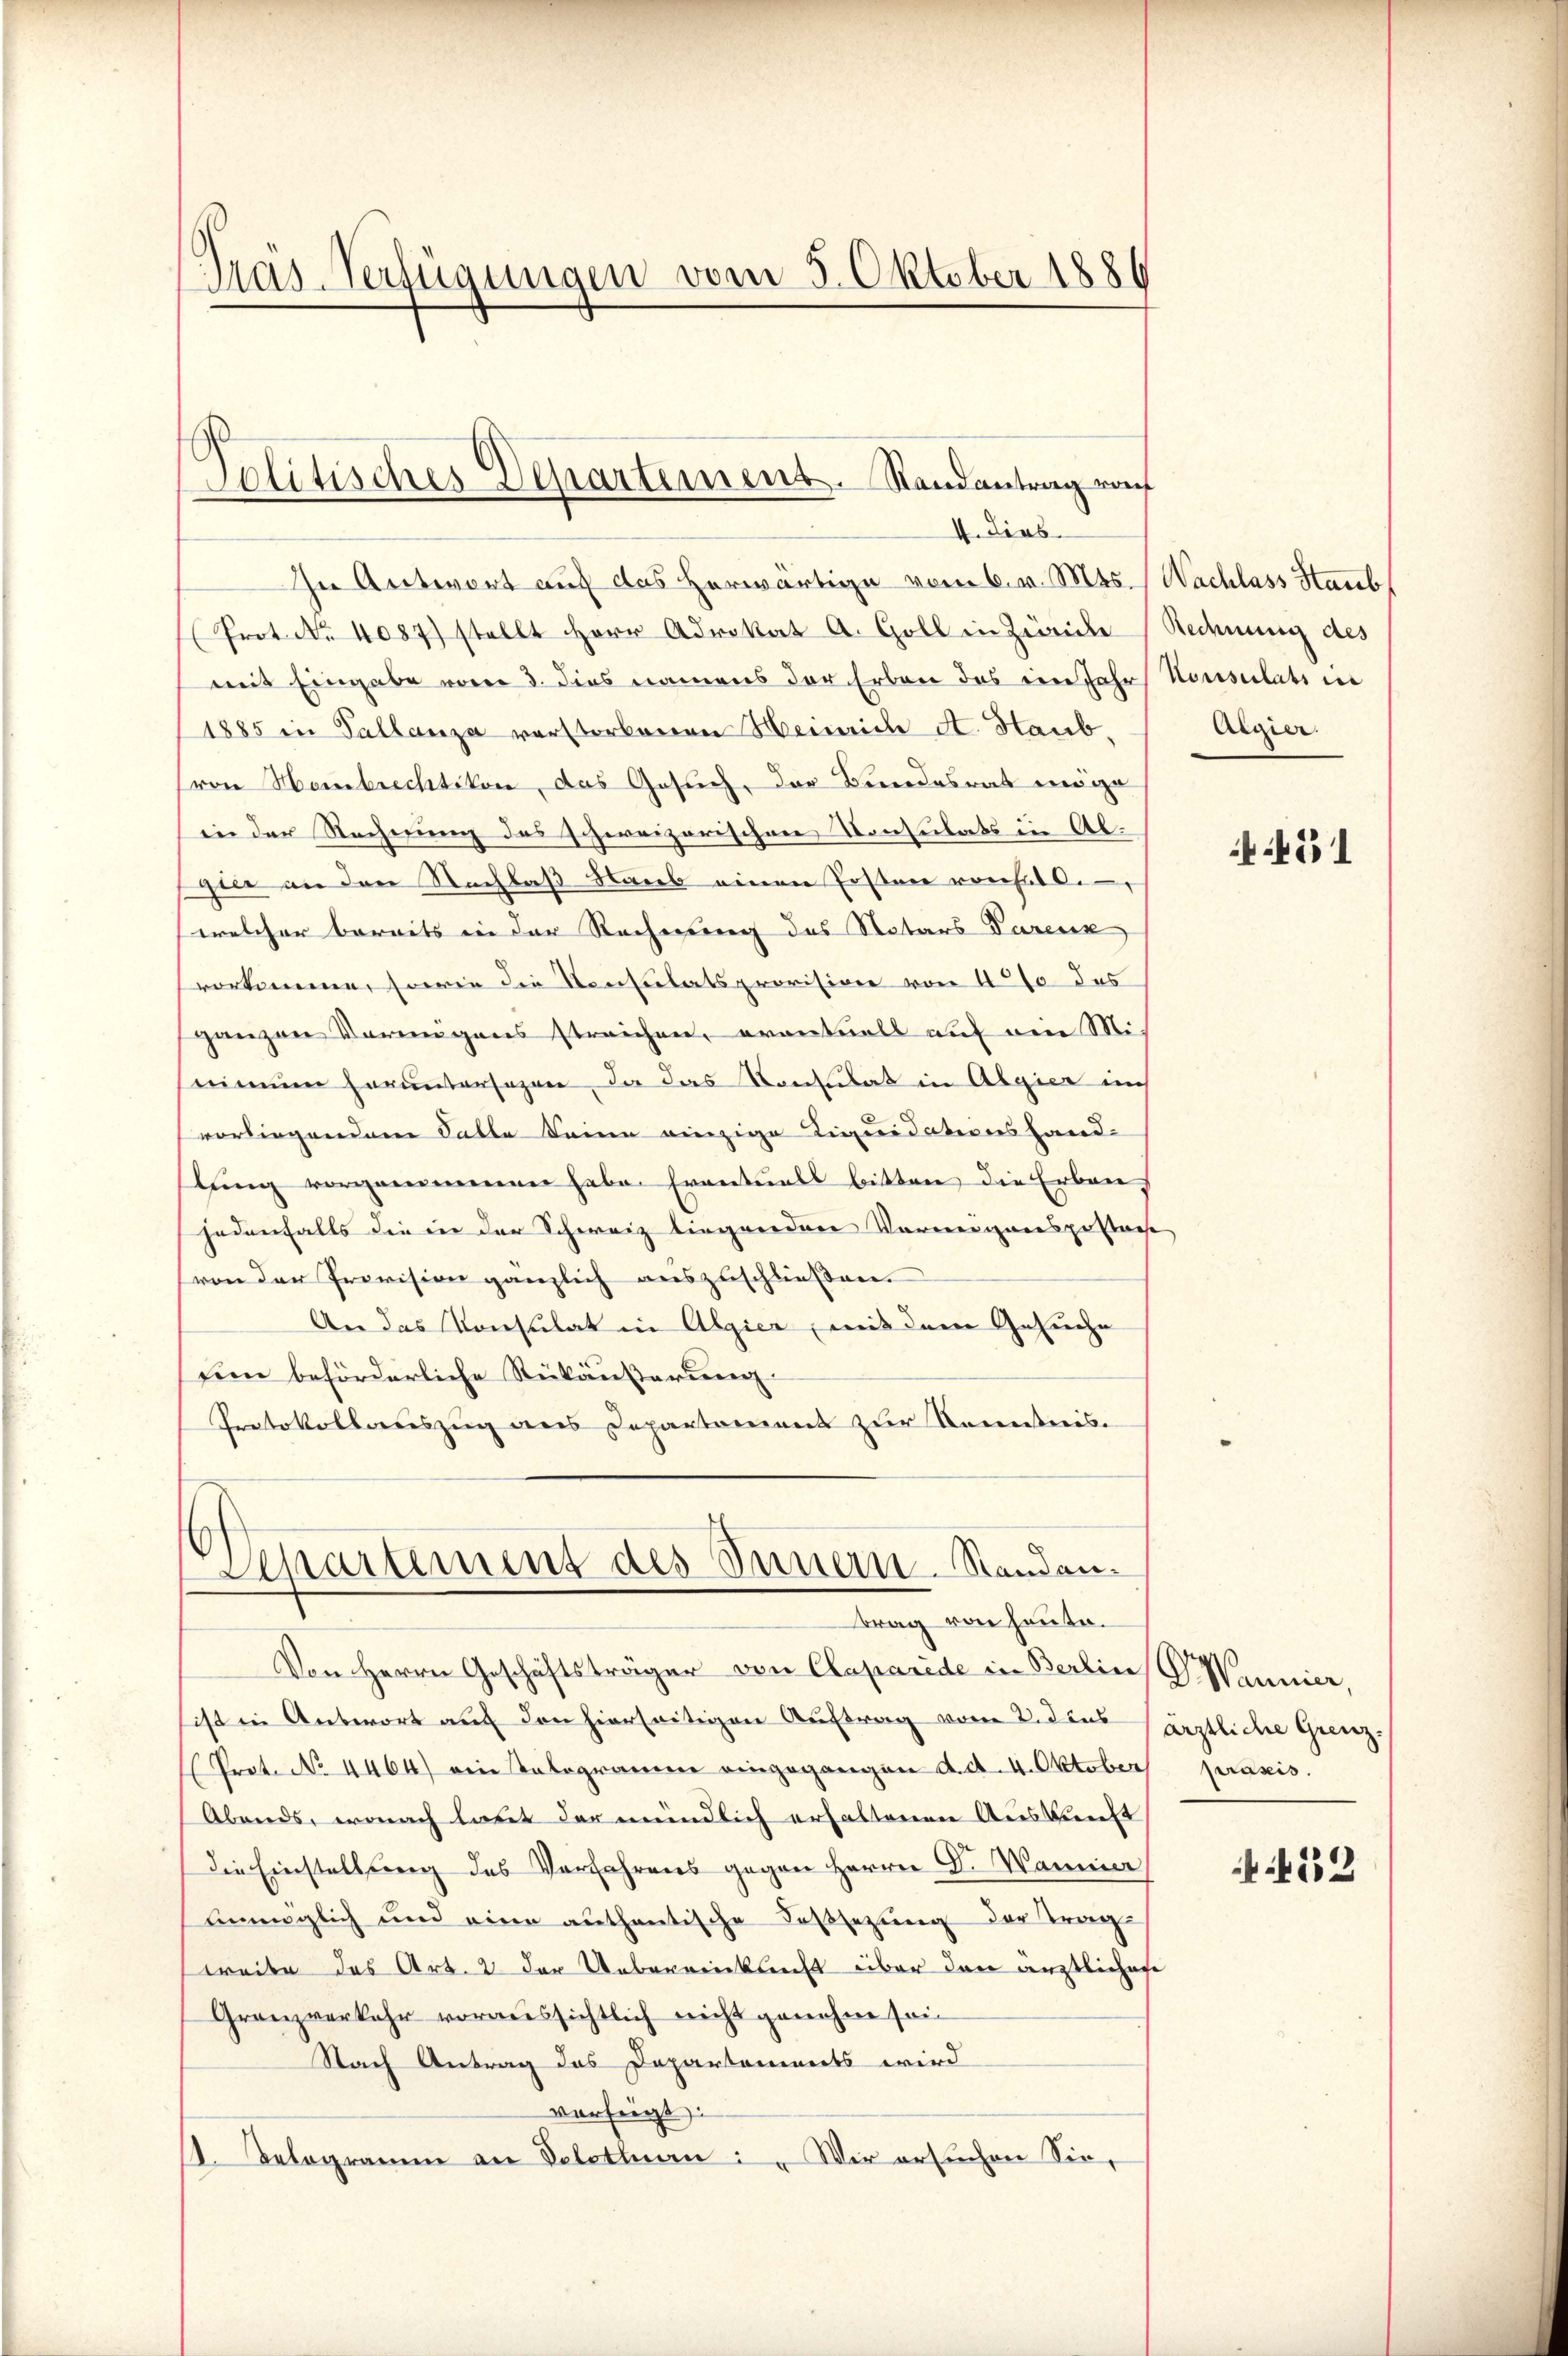
Pras-Verfügungen vom 5. Oktober 188

Politisches Departement. Randantrag vo
4. Dieb

In Antwort auf das herwärtige vom 6. v. Mts.
(Prot. No. 4087) stellt Herr Advokat A. Goll in Zürich
mit Eingabe vom 3. dies namens der Erben das ein Jahr
1885 in Pallanza verstorbenen Heinrich A. Staub
von Hombrechtikon, das Gesuch, das Bundesrat möge
in der Rechnung des schweizerischen Konsulats in Abgier an den Nachlaß glaub einen Postner vorhalt
welcher bereits in der Rechnung des Notars Parenk
vorkomme, sowie die Konsulatsprovision von 4% des
ganzen Vermögens streichen, eventuell auf ein Mi
minne heruntersagen, da das Konsulat in Algier in
vorliegendem Falle keine einzige Liquidationshand-
lung vorgenommen habe. Eventuals bitten die Erbaujedenfalls die in der Schweiz liegeordere Vorweigensgestan
von der Provision gänzlich auszuschließen.
An das Konsulat in Algier mit dem Gesuche
seine beförderliche Rückäußerung.
Protokollauszug aus Departement zur Kenntnis.
Departement des Innern Standen.
trag von heute.
Von Herrn Geschäftsträger von Claparide in Berlin
sist in Antwort auf den hierseitigen Auftrag vom 2. dies
Prot. No 4464) ein Salogramm eingegangen d. d. 4. Oktober prasis.
Abends, wonach laut der mündlich erhalterene Auskunft
die Einstellung des Verfahrens gegen Herrn Dr. Wanner
unmöglich und eine authentische Festsezung der Trag
weite des Art. 2 der Ueberwicklicht über den ärztliche
Granzverkehr voraussichtlich nicht genehm sei¬
Nach Antrag das Departaments wird
verfügt:
11. Belogramm an Veletten: " Wir ersuchen Sie¬

Nachlass Staub
Rechnung des
Konsulats in
Aigier

451

Wannier,
ärztliche Grenz.

452